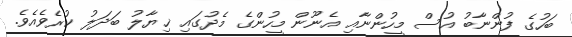
ބަހުގެ ފުންނާބު އުސް މީހުންނާއި އެނޫން މީހުންގެ މެދުގައި ޚިޔާލު ބަދަލު ކުރެވެއެވެ.